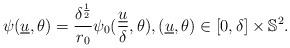
LaTeX: \begin{align*}\psi(\underline{u},\theta) = \frac{\delta^{\frac{1}{2}}}{r_0}\psi_0 (\frac{\underline{u}}{\delta},\theta), (\underline{u}, \theta) \in [0,\delta] \times \mathbb{S}^2.\end{align*}